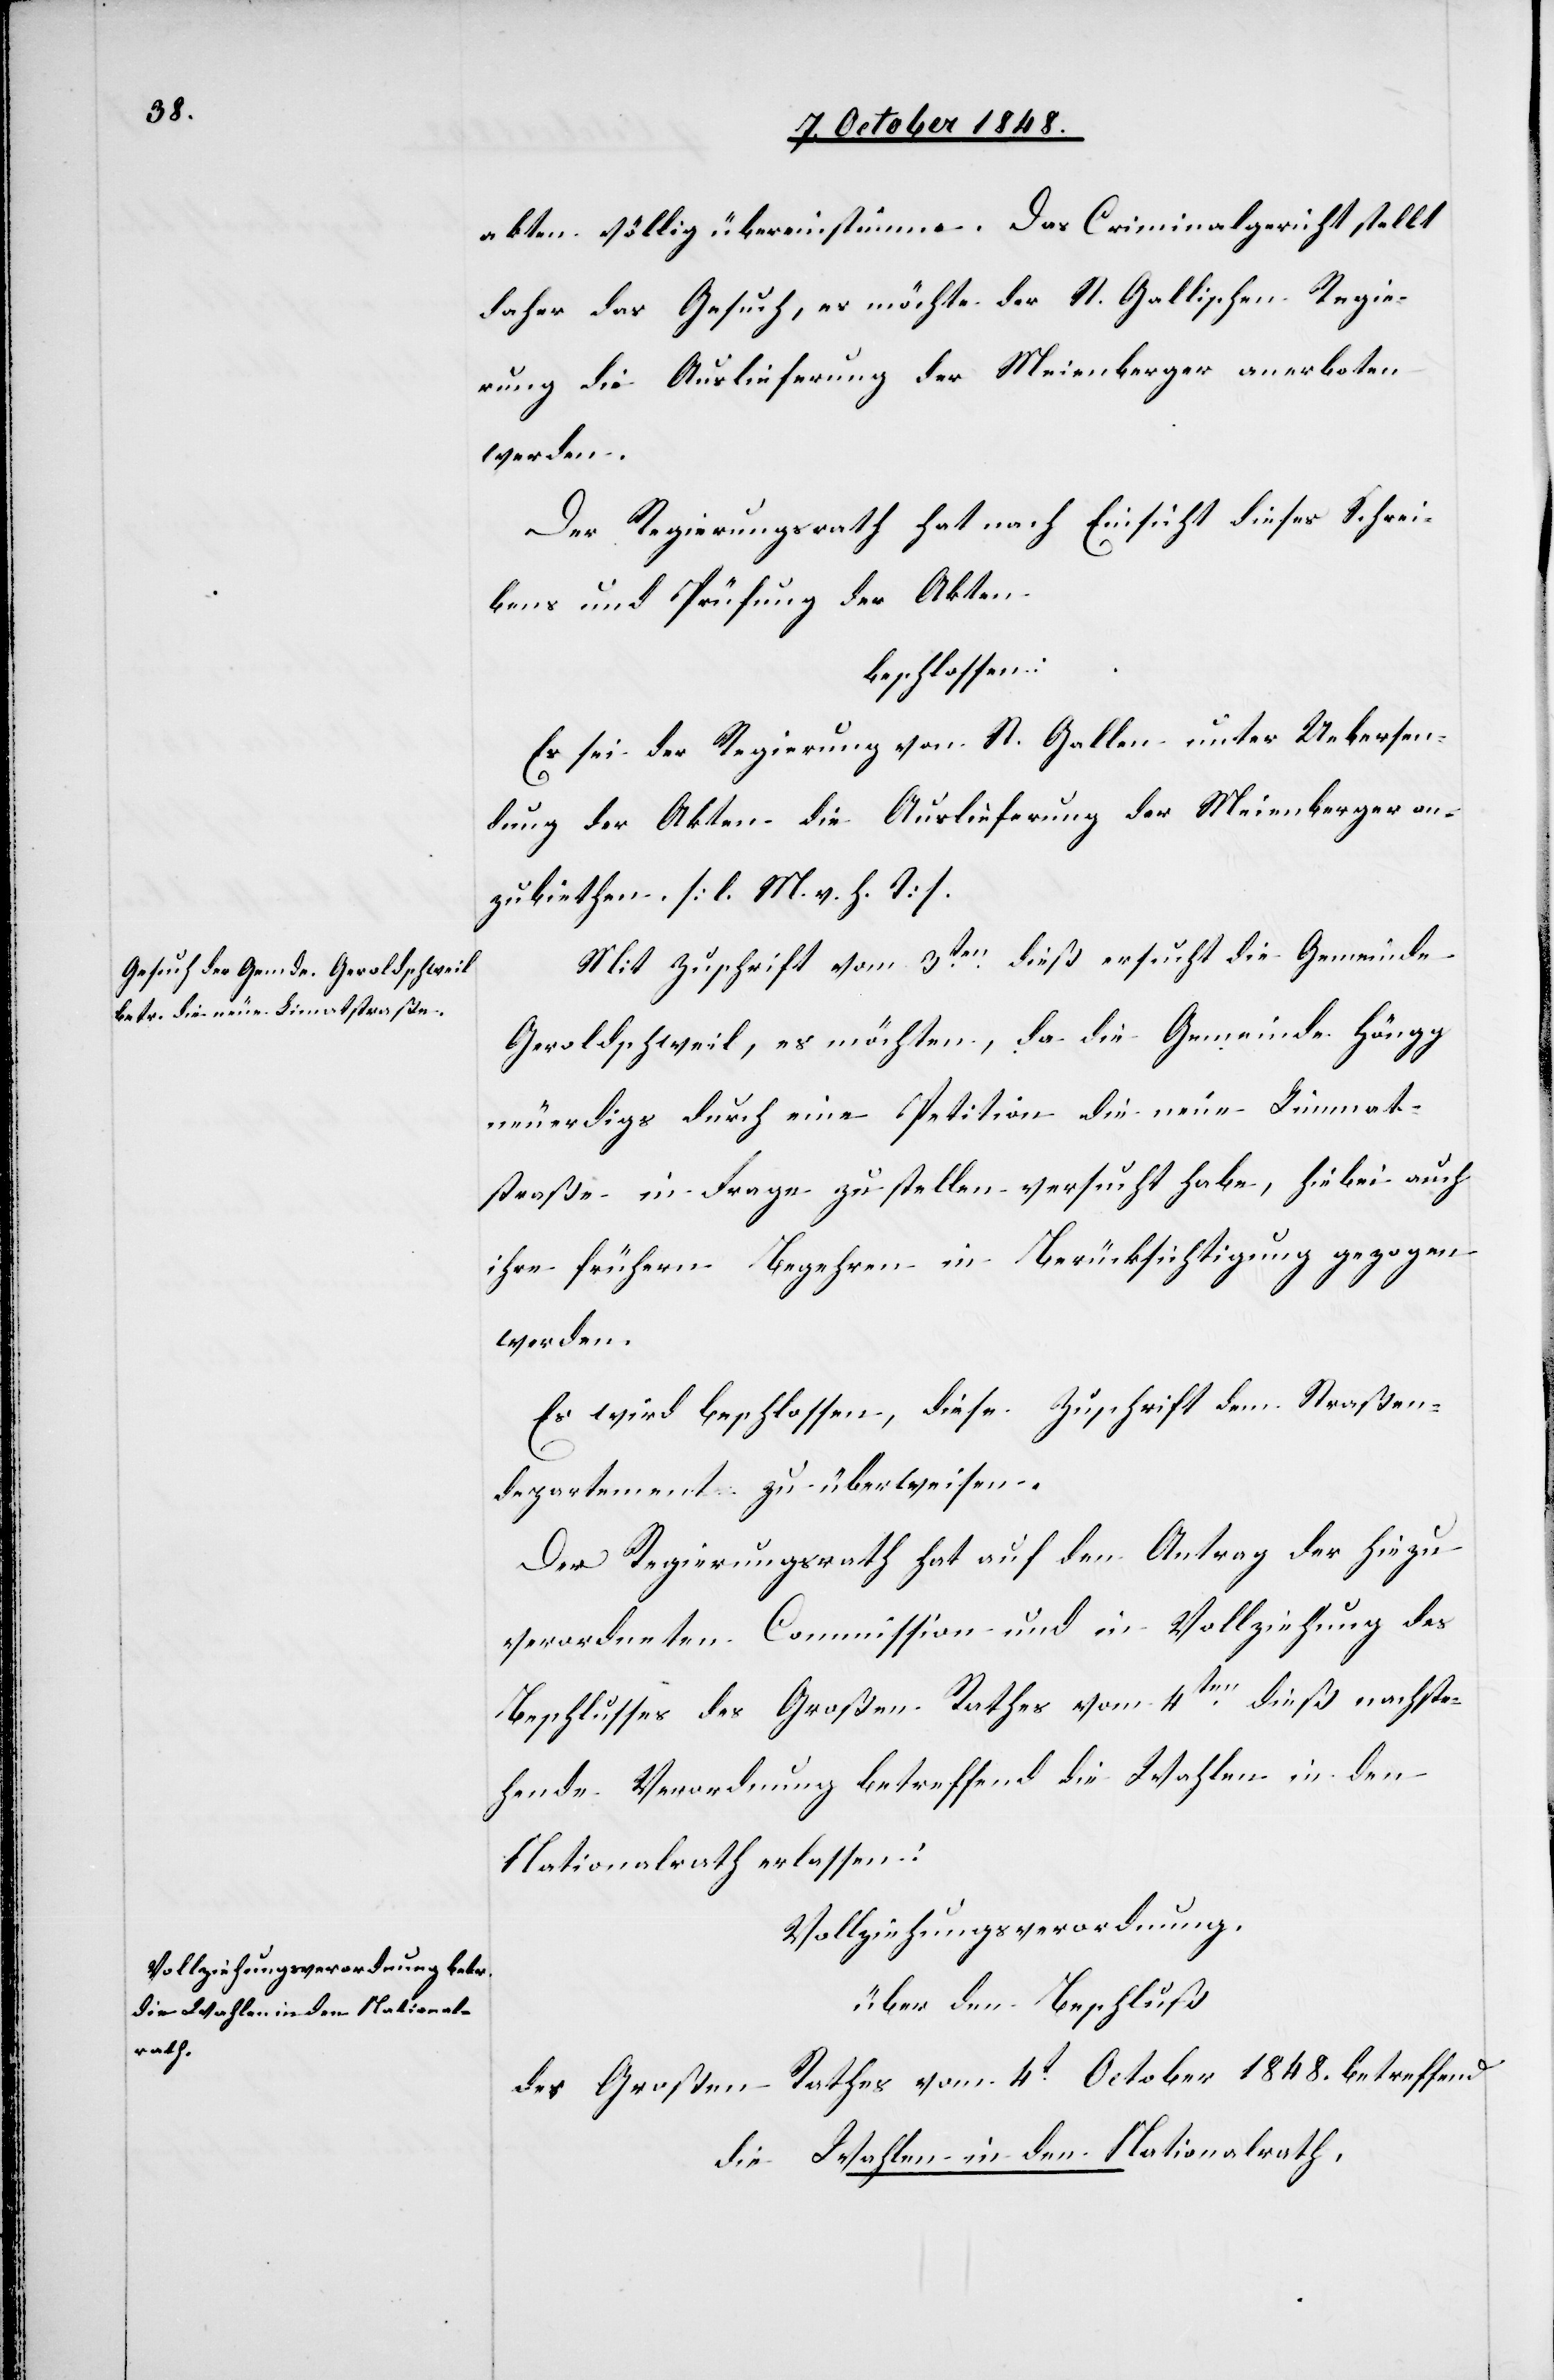
akten völlig übereinstimme. Das Criminalgericht stellt
daher das Gesuch, es möchte der St. Gallischen Regie¬
rung die Auslieferung der Meienberger anerboten
werden.
Der Regierungsrath hat nach Einsicht dieses Schrei¬
bens und Prüfung der Akten
beschlossen:
Es sei der Regierung von St. Gallen unter Uebersen¬
dung der Akten die Auslieferung der Meienberger an¬
zubiethen. [l. M. v. h. T]
Mit Zuschrift vom 3ten dieß ersucht die Gemeinde
Geroldschweil, es möchten, da die Gemeinde Höngg
neuerdings durch eine Petition die neue Limmat¬
straße in Frage zu stellen versucht habe, hiebei auch
ihre frühern Begehren in Berücksichtigung gezogen
werden.
Es wird beschlossen, diese Zuschrift dem Straßen¬
departement zu überweisen.
Der Regierungsrath hat auf den Antrag der hiezu
verordneten Commission und in Vollziehung des
Beschlusses des Großen Rathes vom 4ten. dieß nachste¬
hende Verordnung betreffend die Wahlen in den
Nationalrath erlassen:
Vollziehungsverordnung.
über den Beschluß
des Großen Rathes vom 4t October 1848. betreffend
die Wahlen in den Nationalrath.